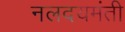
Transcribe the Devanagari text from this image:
नलदयमंती